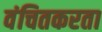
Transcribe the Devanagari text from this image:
वंचितकरता